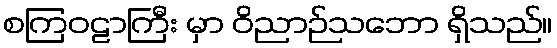
စကြဝဠာကြီး မှာ ဝိညာဉ်သဘော ရှိသည်။